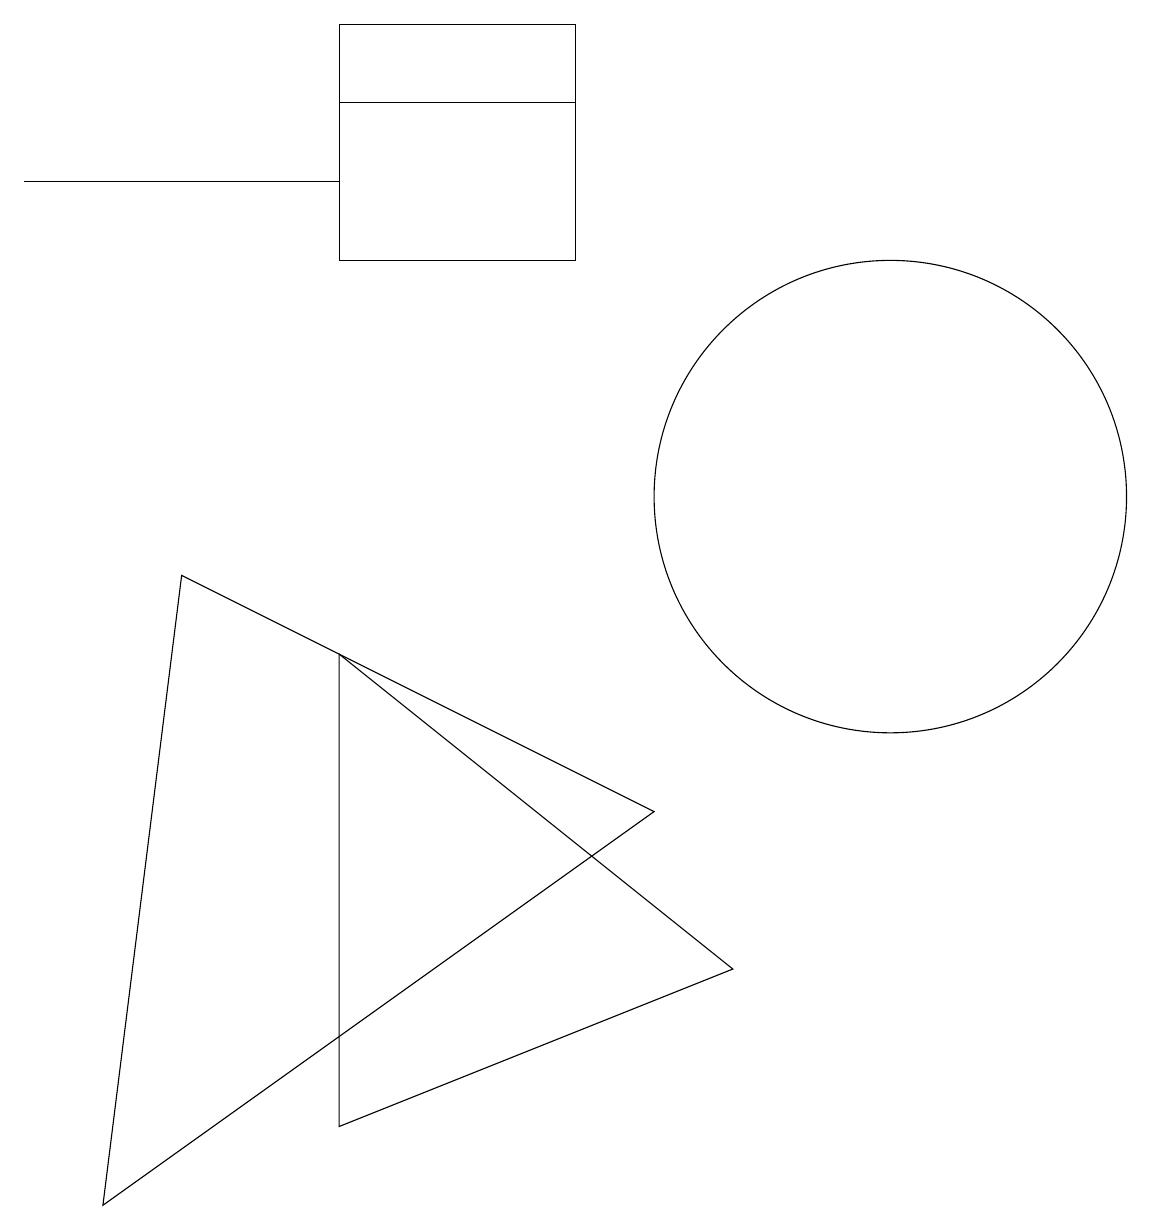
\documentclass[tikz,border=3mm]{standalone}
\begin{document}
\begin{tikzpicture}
\draw (8,6) -- (1,1) -- (2,9) -- cycle;
\draw (0,14) rectangle (4,14);
\draw (7,13) rectangle (4,15);
\draw (9,4) -- (4,8) -- (4,2) -- cycle;
\draw (7,13) rectangle (4,16);
\draw (11,10) circle (3);
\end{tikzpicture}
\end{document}